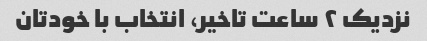
نزدیک ۲ ساعت تاخیر، انتخاب با خودتان